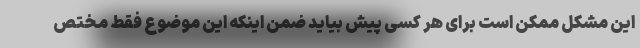
این مشکل ممکن است برای هر کسی پیش بیاید ضمن اینکه این موضوع فقط مختص